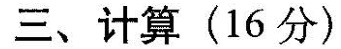
三、计算(16分)